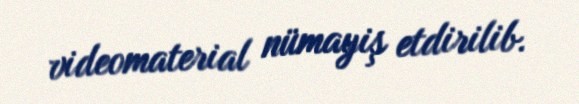
videomaterial nümayiş etdirilib.